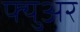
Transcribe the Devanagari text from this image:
फ्युअर